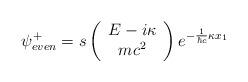
LaTeX: \begin{align*}{\psi}^{+}_{even} = s\left( \begin{array}{c}E - i {\kappa}\\mc^2\end{array} \right)e^{- \frac{1}{{\hbar}c} {\kappa} x_1}\end{align*}